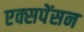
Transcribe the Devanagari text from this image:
एक्सपेंसन